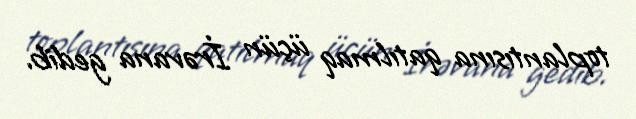
toplantısına qatılmaq üçün İrəvana gedib.